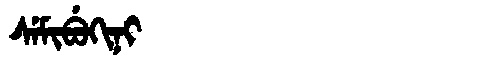
Manchu: ᠰᡝᠮᡳᠪᡠᡴᡳᠨᡳ
Romanization: SEMIBUKINI